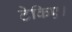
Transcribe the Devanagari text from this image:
टेकिए।